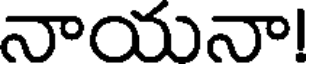
నాయనా!